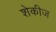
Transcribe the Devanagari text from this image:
शेकीज